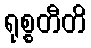
ရုစ္စတီတိ